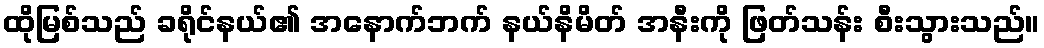
ထိုမြစ်သည် ခရိုင်နယ်၏ အနောက်ဘက် နယ်နိမိတ် အနီးကို ဖြတ်သန်း စီးသွားသည်။